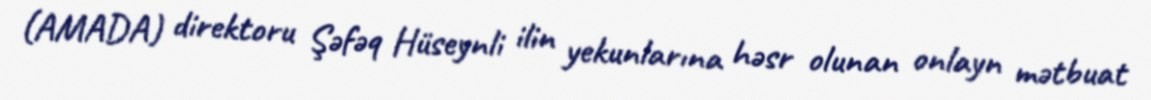
(AMADA) direktoru Şəfəq Hüseynli ilin yekunlarına həsr olunan onlayn mətbuat